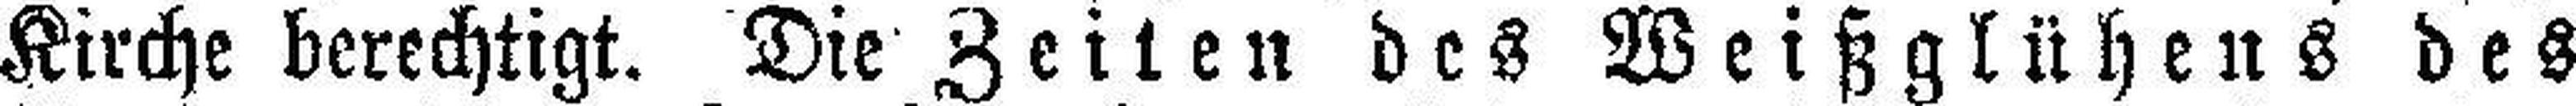
Kirche berechtigt. Die Zeiten des Weißglühens des